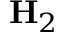
\mathbf { H } _ { 2 }